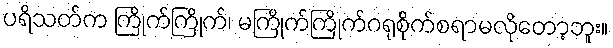
ပရိသတ်က ကြိုက်ကြိုက်၊ မကြိုက်ကြိုက်ဂရုစိုက်စရာမလိုတော့ဘူး။